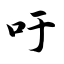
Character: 吁